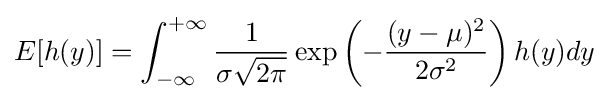
E[h(y)]=\int _{-\infty }^{+\infty }{\frac {1}{\sigma {\sqrt {2\pi }}}}\exp \left(-{\frac {(y-\mu )^{2}}{2\sigma ^{2}}}\right)h(y)dy